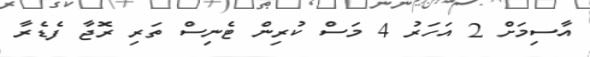
އާސިމަށް 2 އަހަރު 4 މަސް ކުރިން ޓެނިސް ތަރި ރޮޖާ ފެޑެރާ